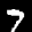
Label: 7